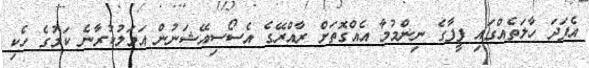
އެފަދަ ހާލަތެއްގައި ފީފާގެ ނިންމުމާ އެއްގޮތަށް ރާއްރޭގެ އެސޯސިއޭޝަނުން އަމަލުކުރާނެ ކަމުގެ ހެކި